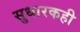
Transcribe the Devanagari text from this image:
सुधारकही